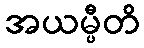
အယမ္ပီတိ